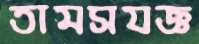
তামসযজ্ঞ